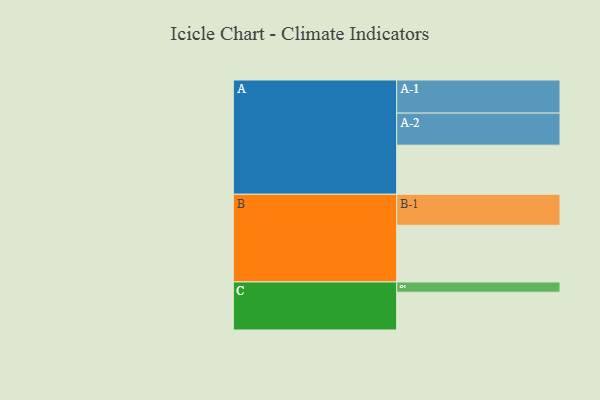
{"axis": {"x": "Segment", "y": "Value"}, "legend": ["", "A", "B", "C"], "data": [{"x": "A", "y": 421, "type": ""}, {"x": "B", "y": 486, "type": ""}, {"x": "C", "y": 324, "type": ""}, {"x": "A-1", "y": 284, "type": "A"}, {"x": "A-2", "y": 275, "type": "A"}, {"x": "B-1", "y": 266, "type": "B"}, {"x": "C-1", "y": 88, "type": "C"}]}